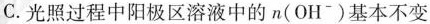
C.光照过程中阳极区溶液中的n(OH^{-})基本不变